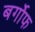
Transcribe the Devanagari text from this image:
बर्गोफ